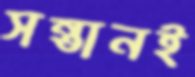
সন্তানই